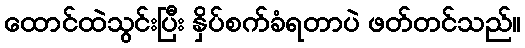
ထောင်ထဲသွင်းပြီး နှိပ်စက်ခံရတာပဲ ဖတ်တင်သည်။